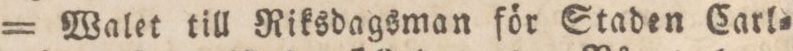
= Walet till Riksdagsman för Staden Carl=